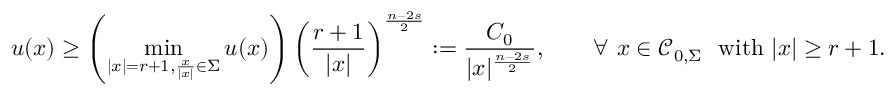
u ( x ) \geq \left( \operatorname* { m i n } _ { | x | = r + 1 , \frac { x } { | x | } \in \Sigma } u ( x ) \right) \left( \frac { r + 1 } { | x | } \right) ^ { \frac { n - 2 s } { 2 } } : = \frac { C _ { 0 } } { | x | ^ { \frac { n - 2 s } { 2 } } } , \quad \quad \forall \, \, x \in \mathcal C _ { 0 , \Sigma } \ \ \mathrm { w i t h } \, \, | x | \geq r + 1 .